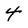
Character: 4